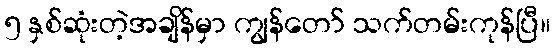
၅ နှစ်ဆုံးတဲ့အချိန်မှာ ကျွန်တော် သက်တမ်းကုန်ပြီ။